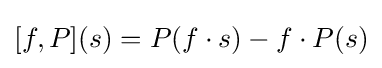
[f,P](s)=P(f\cdot s)-f\cdot P(s)